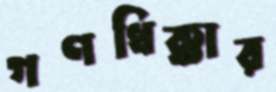
গণধিক্কার